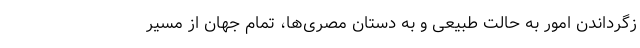
زگرداندن امور به حالت طبیعی و به دستان مصری‌ها، تمام جهان از مسیر